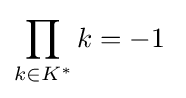
\displaystyle \prod _{k\in K^{*}}k=-1\;